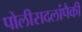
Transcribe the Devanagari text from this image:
पोलीसदलांपैकी